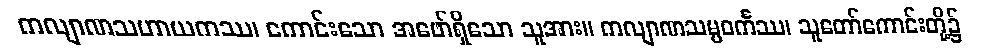
ကလျာဏသဟာယကဿ၊ ကောင်းသော အဖော်ရှိသော သူအား။ ကလျာဏသမ္ပဝင်္ကဿ၊ သူတော်ကောင်းတို့၌